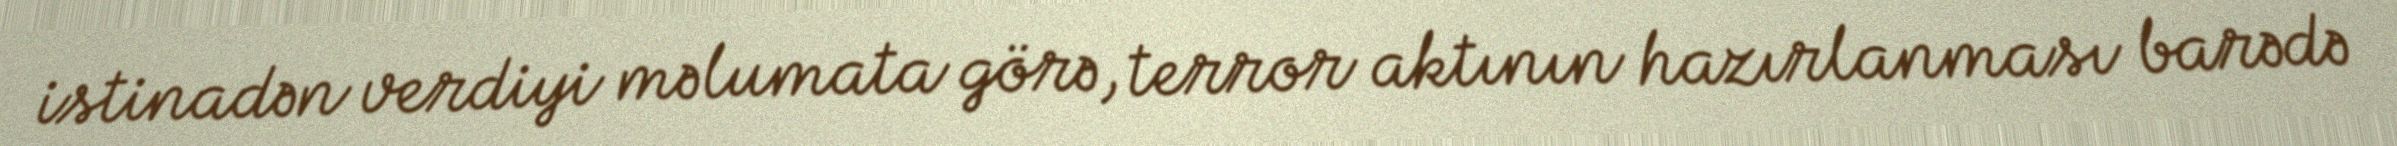
istinadən verdiyi məlumata görə, terror aktının hazırlanması barədə